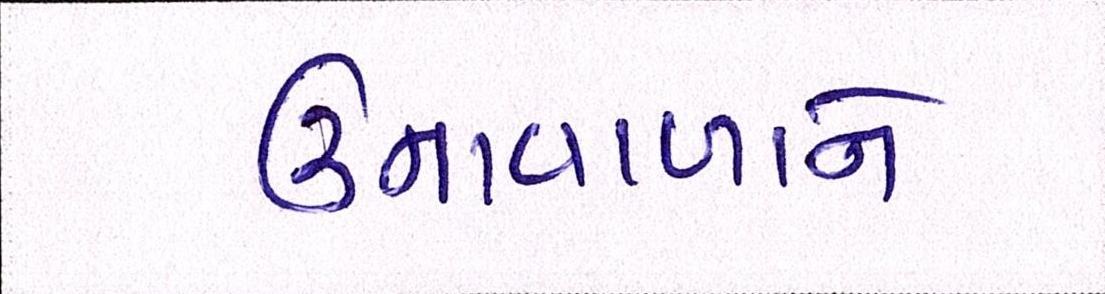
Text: ઉનાવાળાને